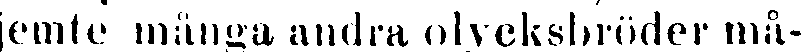
emte många andra olycksbröder må-